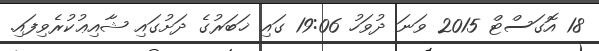
18 އޮގަސްޓް 2015 ވަނަ ދުވަހު 19:06 ގައި ޚަބަރުގެ ދަށުގައި ޝާއިޢުކުރެވިފައި.